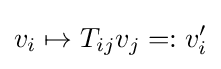
v_{i}\mapsto T_{ij}v_{j}=:v'_{i}